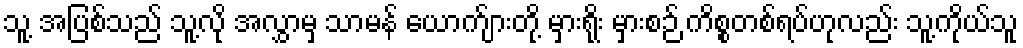
သူ့ အပြစ်သည် သူ့လို အလွှာမှ သာမန် ယောက်ျားတို့ မှားရိုး မှားစဉ် ကိစ္စတစ်ရပ်ဟုလည်း သူ့ကိုယ်သူ